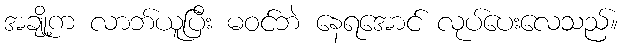
အချို့က လာဘ်ယူပြီး မဝင်ဘဲ နေရအောင် လုပ်ပေးလေသည်။